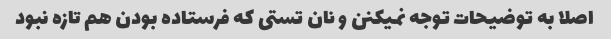
اصلا به توضیحات توجه نمیکنن و نان تستی که فرستاده بودن هم تازه نبود